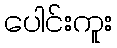
ပေါင်းကူး